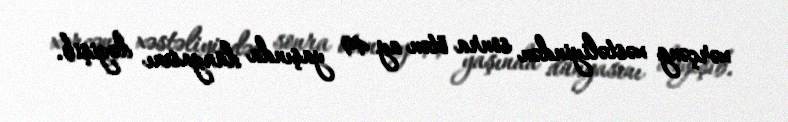
xərçəng xəstəliyindən sonra ötən ay 49 yaşında dünyasını dəyişib.